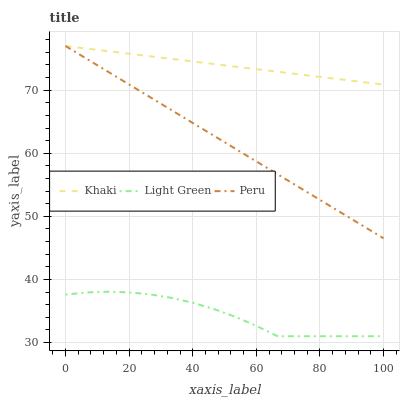
| xaxis_label | Khaki | Light Green | Peru |
 | --- | --- | --- | --- |
 | 0 | 77 | 37.6 | 77 |
 | 6.67 | 76.6 | 37.9 | 75 |
 | 13.3 | 76.2 | 38.1 | 72.9 |
 | 20 | 75.8 | 38 | 70.9 |
 | 26.7 | 75.4 | 37.6 | 68.9 |
 | 33.3 | 75 | 37.1 | 66.8 |
 | 40 | 74.6 | 36.3 | 64.8 |
 | 46.7 | 74.1 | 35.3 | 62.8 |
 | 53.3 | 73.7 | 34.1 | 60.7 |
 | 60 | 73.3 | 32.6 | 58.7 |
 | 66.7 | 72.9 | 31 | 56.7 |
 | 73.3 | 72.5 | 31 | 54.6 |
 | 80 | 72.1 | 31 | 52.6 |
 | 86.7 | 71.7 | 31 | 50.6 |
 | 93.3 | 71.3 | 31 | 48.5 |
 | 100 | 70.9 | 31 | 46.5 |